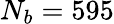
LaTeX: N_{b}=595